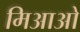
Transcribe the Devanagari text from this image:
मिआओ